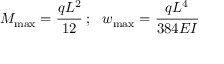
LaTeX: M _ { \mathrm { m a x } } = { \cfrac { q L ^ { 2 } } { 1 2 } } ~ ; ~ ~ w _ { \mathrm { m a x } } = { \cfrac { q L ^ { 4 } } { 3 8 4 E I } }